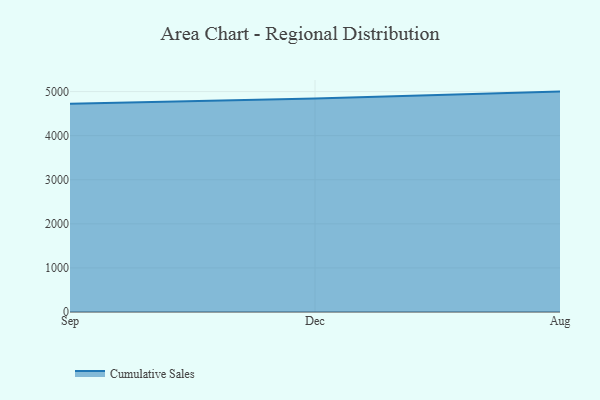
{"axis": {"x": "Month", "y": "Latency (ms)"}, "legend": ["Cumulative Sales"], "data": [{"x": "Sep", "y": 4722.9, "type": "Cumulative Sales"}, {"x": "Dec", "y": 4842.7, "type": "Cumulative Sales"}, {"x": "Aug", "y": 5000, "type": "Cumulative Sales"}]}